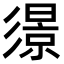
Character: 𢒬